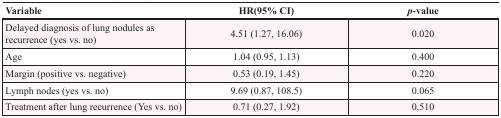
<table><thead><tr><td><b>Variable</b></td><td><b>HR(95% CI)</b></td><td><b><i>p</i>-value</b></td></tr></thead><tbody><tr><td>Delayed diagnosis of lung nodules as recurrence (yes vs. no)</td><td>4.51 (1.27, 16.06)</td><td>0.020</td></tr><tr><td>Age</td><td>1.04 (0.95, 1.13)</td><td>0.400</td></tr><tr><td>Margin (positive vs. negative)</td><td>0.53 (0.19, 1.45)</td><td>0.220</td></tr><tr><td>Lymph nodes (yes vs. no)</td><td>9.69 (0.87, 108.5)</td><td>0.065</td></tr><tr><td>Treatment after lung recurrence (Yes vs. no)</td><td>0.71 (0.27, 1.92)</td><td>0.510</td></tr></tbody></table>